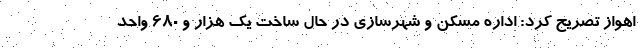
اهواز تصریح کرد: اداره مسکن و شهرسازی در حال ساخت یک هزار و ۶۸۰ واحد